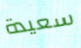
سعيدة